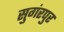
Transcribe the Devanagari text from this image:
सुगंरपुर